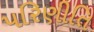
પરિણીતિ